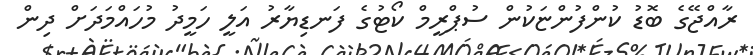
ރާއްޖޭގެ ބޮޑު ކުންފުންޏަކުން ސުޕްރީމް ކޯޓުގެ ފަނޑިޔާރު އަލީ ހަމީދު މުހައްމަދަށް ދިން